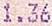
1.36